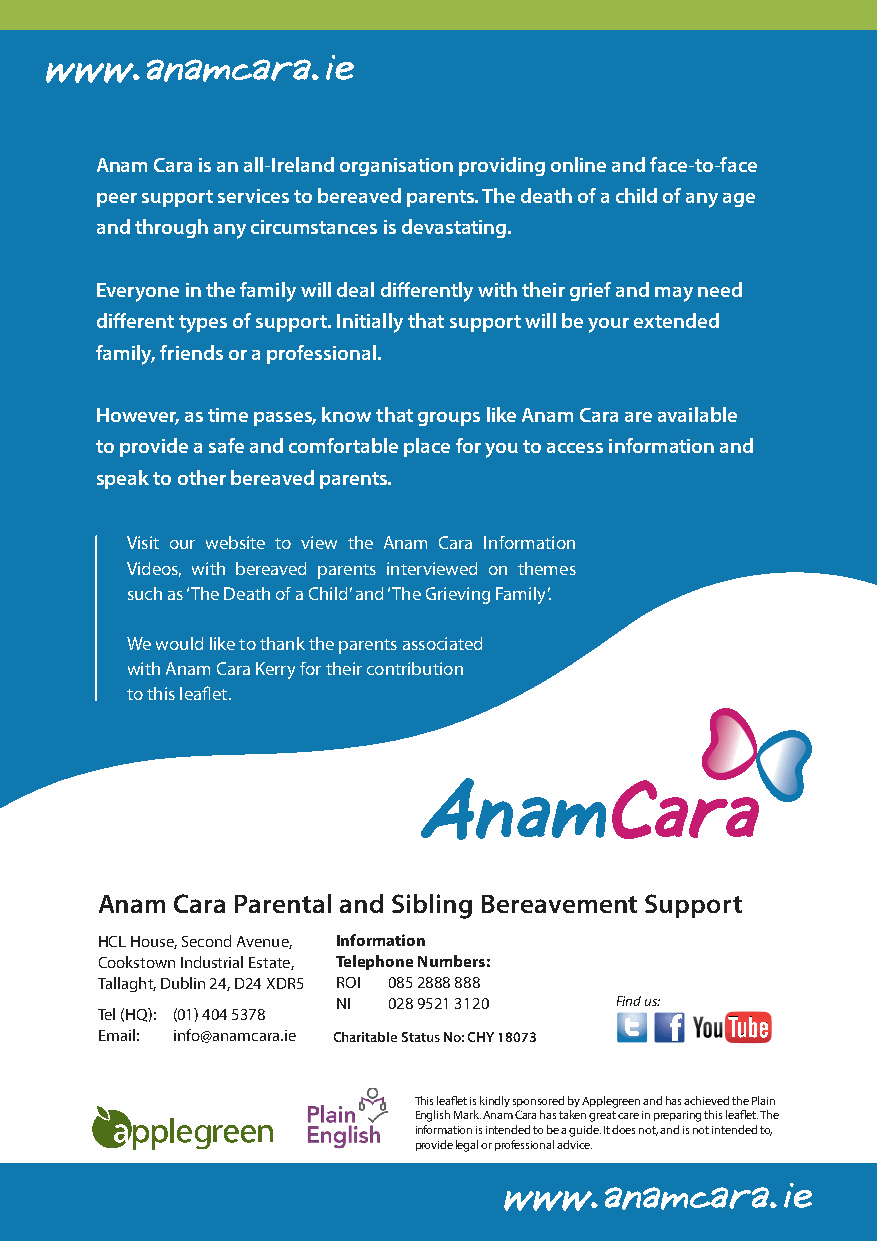
Anam Cara is an all-Ireland organisation providing online and face-to-face
 peer support services to bereaved parents. The death of a child of any age
 and through any circumstances is devastating.
 Everyone in the family will deal differently with their grief and may need
 different types of support. Initially that support will be your extended
 family, friends or a professional.
 However, as time passes, know that groups like Anam Cara are available
 to provide a safe and comfortable place for you to access information and
 speak to other bereaved parents.
 Visit our website to view the Anam Cara Information
 Videos, with bereaved parents interviewed on themes
 such as ‘The Death of a Child’ and ‘The Grieving Family’.
 We would like to thank the parents associated
 with Anam Cara Kerry for their contribution
 to this leaflet.
 Anam  Cara Parental and Sibling Bereavement Support
 HCL House, Second Avenue, Information
 Cookstown Industrial Estate, Telephone Numbers:
 Tallaght, Dublin 24, D24 XDR5 ROI 085 2888 888
 NI  028 9521 3120  Find us:
 Tel (HQ): (01) 404 5378
 Email: info@anamcara.ie Charitable Status No: CHY 18073
 This leaflet is kindly sponsored by Applegreen and has achieved the Plain
 English Mark. Anam Cara has taken great care in preparing this leaflet. The
 information is intended to be a guide. It does not, and is not intended to,
 provide legal or professional advice.